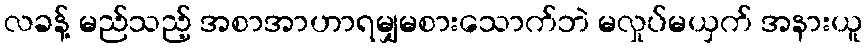
လခန့် မည်သည့် အစာအာဟာရမျှမစားသောက်ဘဲ မလှုပ်မယှက် အနားယူ